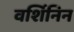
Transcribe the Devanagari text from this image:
वर्शिनिन